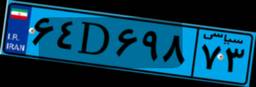
۶۴D۶۹۸۷۳